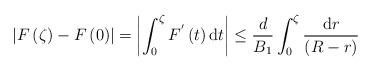
LaTeX: \begin{align*} \left|F\left(\zeta\right)-F\left(0\right)\right|=\left|\int_{0}^{\zeta}F^{'}\left(t\right){\rm d}t\right|\leq\frac{d}{B_{1}}\int_{0}^{\zeta}\frac{{\rm d}r}{\left(R-r\right)}\end{align*}